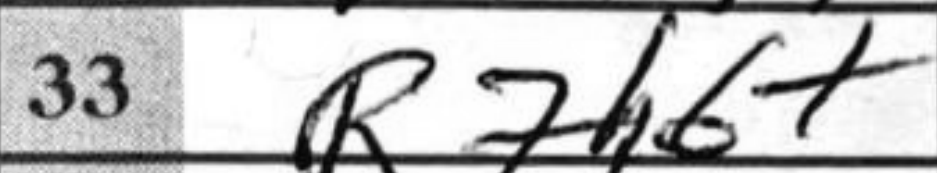
Transcription: R7h6+